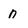
Character: n